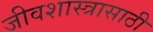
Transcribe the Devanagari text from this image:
जीवशास्त्रासाठी